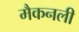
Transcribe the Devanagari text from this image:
मैकनली